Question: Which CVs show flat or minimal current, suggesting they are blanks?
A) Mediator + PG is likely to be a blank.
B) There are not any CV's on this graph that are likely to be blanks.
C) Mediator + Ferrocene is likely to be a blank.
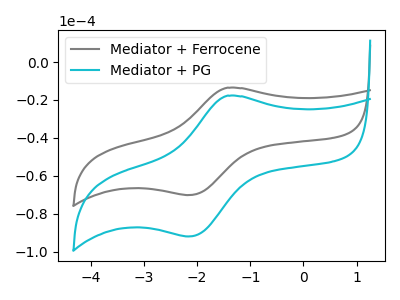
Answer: <think>The gray curve "Mediator + Ferrocene" has an anodic peak at (-1.45V, -13.55uA) and a cathodic peak at (-2.15V, -70.15uA). The cyan curve "Mediator + PG" has an anodic peak at (-1.45V, -17.80uA) and a cathodic peak at (-2.15V, -92.00uA).</think>
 <answer>B) There are not any CV's on this graph that are likely to be blanks.</answer>
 <eval>B</eval>